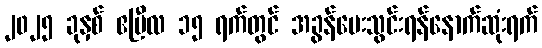
၂၀၂၅ ခုနှစ် ဧပြီလ ၁၅ ရက်တွင် အခွန်ပေးသွင်းရန်နောက်ဆုံးရက်